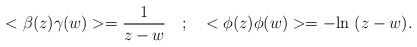
\begin{align*}<\beta(z)\gamma(w)> = {\frac{1}{z-w}} \quad ; \quad <\phi(z) \phi(w)> = - {\rm ln}~(z-w).\end{align*}